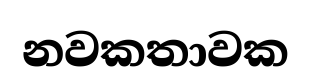
නවකතාවක